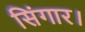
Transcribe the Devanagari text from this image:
सिंगार।